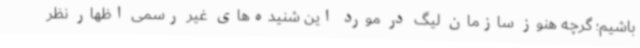
باشیم؛ گرچه هنوز سازمان لیگ در مورد این شنیده‌های غیر رسمی اظهار نظر